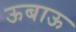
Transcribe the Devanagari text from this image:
ऊबाऊ